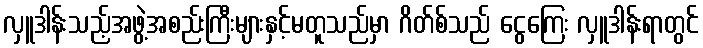
လှူဒါန်းသည့်အဖွဲ့အစည်းကြီးများနှင့်မတူသည်မှာ ဂိတ်စ်သည် ငွေကြေး လှူဒါန်းရာတွင်